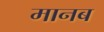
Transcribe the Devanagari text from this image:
मानब